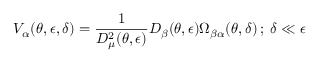
V _ { \alpha } ( \theta , \epsilon , \delta ) = \frac { 1 } { D _ { \mu } ^ { 2 } ( \theta , \epsilon ) } D _ { \beta } ( \theta , \epsilon ) \Omega _ { \beta \alpha } ( \theta , \delta ) \, ; \; \delta \ll \epsilon